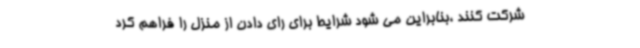
شرکت کنند ،بنابراین می شود شرایط برای رای دادن از منزل را فراهم کرد